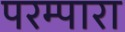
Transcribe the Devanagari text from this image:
परम्पारा